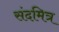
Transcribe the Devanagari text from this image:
संदमित्र